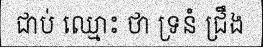
ជាប់ ឈ្មោះ ថា ទ្រនំ ជ្រឹង